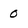
Character: 0